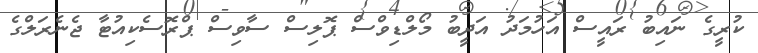
ކުރީގެ ނައިބު ރައީސް އަހުމަދު އަދީބު މޯލްޑިވްސް ޕޮލިސް ސާވިސް ޕްރޮސެކިއުޓާ ޖެނެރަލްގެ